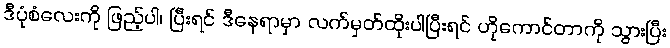
ဒီပုံစံလေးကို ဖြည့်ပါ၊ ပြီးရင် ဒီနေရာမှာ လက်မှတ်ထိုးပါပြီးရင် ဟိုကောင်တာကို သွားပြီး